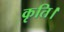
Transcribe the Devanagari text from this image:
कृति।